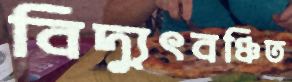
বিদ্যুৎবঞ্চিত